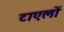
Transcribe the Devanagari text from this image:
टाएलों